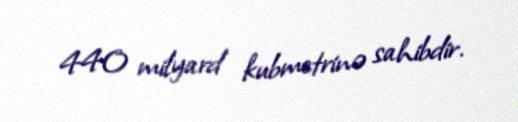
440 milyard kubmetrinə sahibdir.